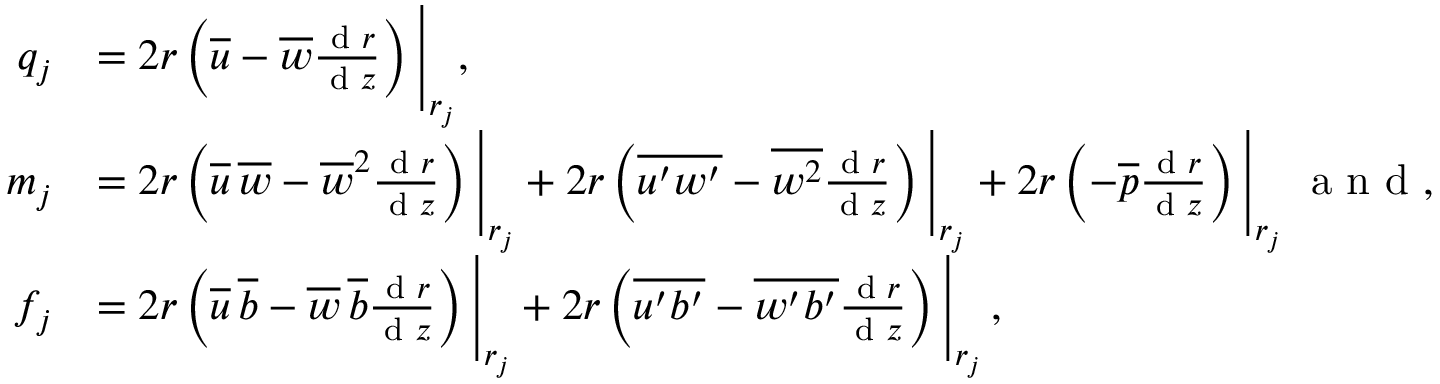
\begin{array} { r l } { q _ { j } } & { = 2 r \left( \overline { { u } } - \overline { { w } } \frac { \textnormal { d } r } { \textnormal { d } z } \right) \Bigg | _ { r _ { j } } , } \\ { m _ { j } } & { = 2 r \left( \overline { { u } } \, \overline { { w } } - { \overline { { w } } } ^ { 2 } \frac { \textnormal { d } r } { \textnormal { d } z } \right) \Bigg | _ { r _ { j } } + 2 r \left( \overline { { u ^ { \prime } w ^ { \prime } } } - \overline { { w ^ { 2 } } } \frac { \textnormal { d } r } { \textnormal { d } z } \right) \Bigg | _ { r _ { j } } + 2 r \left( - \overline { { p } } \frac { \textnormal { d } r } { \textnormal { d } z } \right) \Bigg | _ { r _ { j } } \; \textrm { a n d } , } \\ { f _ { j } } & { = 2 r \left( \overline { { u } } \, \overline { { b } } - { \overline { { w } } \, \overline { { b } } } \frac { \textnormal { d } r } { \textnormal { d } z } \right) \Bigg | _ { r _ { j } } + 2 r \left( \overline { { u ^ { \prime } b ^ { \prime } } } - \overline { { w ^ { \prime } b ^ { \prime } } } \frac { \textnormal { d } r } { \textnormal { d } z } \right) \Bigg | _ { r _ { j } } \, , } \end{array}